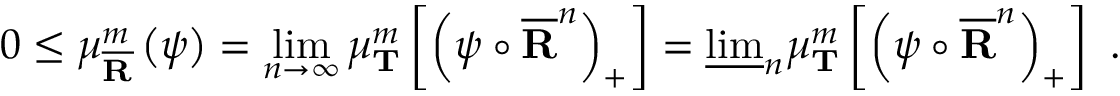
0 \leq \mu _ { \overline { { \mathbf { R } } } } ^ { m } \left( \psi \right) = \operatorname* { l i m } _ { n \rightarrow \infty } \mu _ { \mathbf { T } } ^ { m } \left[ \left( \psi \circ \overline { { \mathbf { R } } } ^ { n } \right) _ { + } \right] = \underline { { \operatorname* { l i m } } } _ { n } \mu _ { \mathbf { T } } ^ { m } \left[ \left( \psi \circ \overline { { \mathbf { R } } } ^ { n } \right) _ { + } \right] \ .